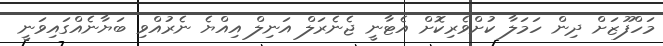
މަހްފޫޒަށް ދިން ހަމަލާ ކުށްވެރިކޮށް އެޓާނީ ޖެނެރަލް އަނިލް އިއްޔެ ނެރުއްވި ބަޔާނެއްގައިވަނީ